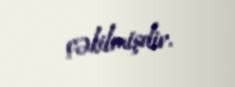
çəkilmişdir.